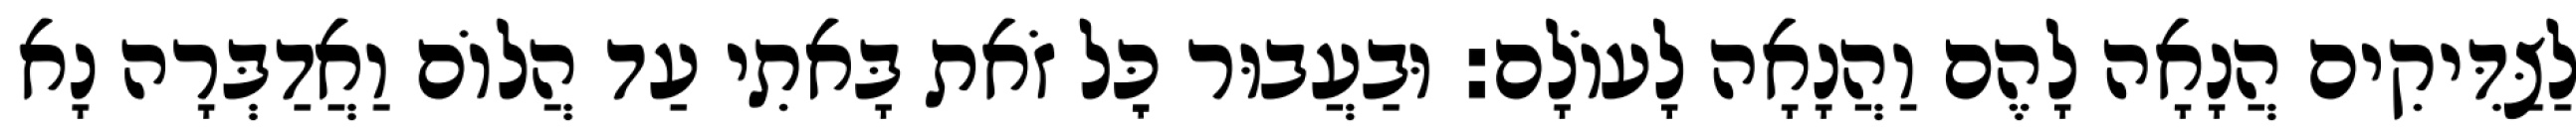
לַצַּדִּיקִים הֲנָאָה לָהֶם וַהֲנָאָה לָעוֹלָם: וּבַעֲבוּר כׇּל זֹאת בָּאתִי עַד הֲלוֹם וַאֲדַבְּרָה נָא